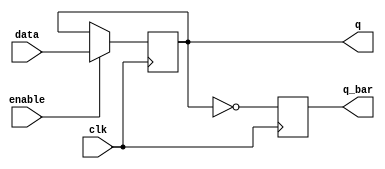
/*************************************************************
Design Name 	: D Flip-Flop
File Name   	: d_flip_flop.v
Function    	: Implementation of D FLip FLop
Programer     	: Mohammad Abdul Moin Oninda
Last Modified	: 29-07-2019
*************************************************************/
module d_flip_flop(q, q_bar, clk, enable, data);

//Port declaration

//Output
output reg [3:0] q;
output reg [3:0] q_bar;

//Input
input clk;
input [3:0] data;
input enable;

always @(posedge clk)
	begin
		if(enable == 1'b1)
			begin
				q <= data;
				q_bar <= ~q;
			end
		else
			begin
				q <= q;
				q_bar <= ~q;
			end
	end
endmodule